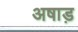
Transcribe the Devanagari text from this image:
अषाड़